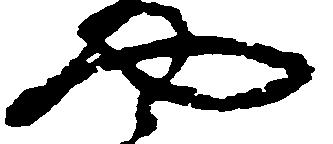
や